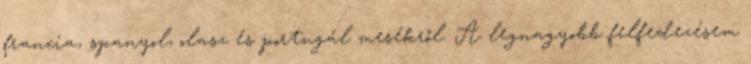
francia, spanyol, olasz és portugál mesékről. A legnagyobb felfedezésem